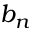
b _ { n }